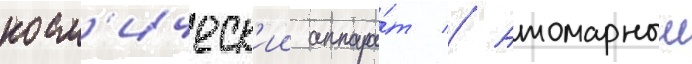
косм'ическ'ии аппара́т // Атомарныи